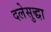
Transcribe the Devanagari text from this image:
दलेसुद्धा